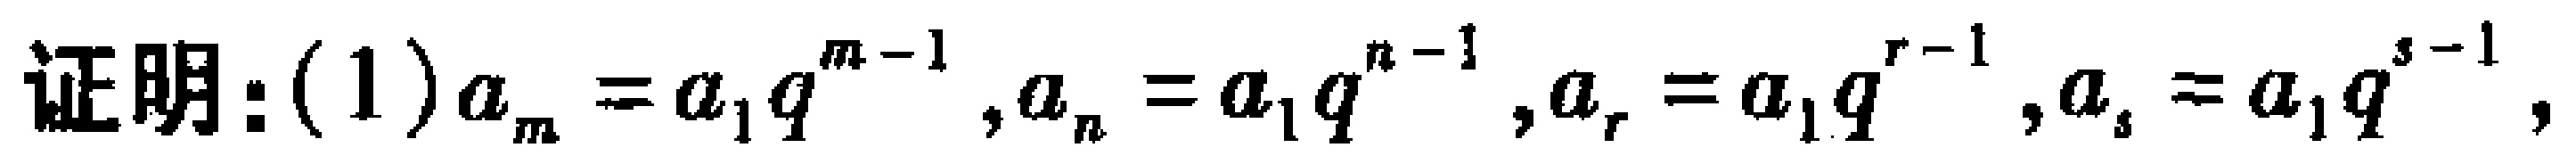
证明：(1) \(a_{m}=a_{1}q^{m - 1},a_{n}=a_{1}q^{n - 1},a_{r}=a_{1}q^{r - 1},a_{s}=a_{1}q^{s - 1}\)